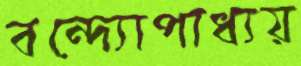
বন্দ্যোপাধ্যয়